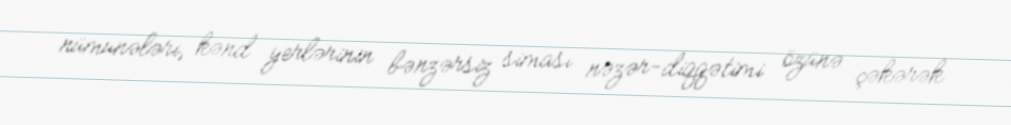
nümunələri, kənd yerlərinin bənzərsiz siması nəzər-diqqətimi özünə çəkərək